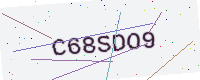
Text: C68SDO9